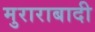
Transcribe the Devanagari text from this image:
मुराराबादी